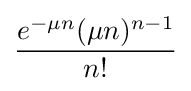
{\frac {e^{-\mu n}(\mu n)^{n-1}}{n!}}